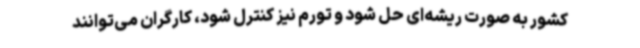
کشور به صورت ریشه‌ای حل شود و تورم نیز کنترل شود، کارگران می‌توانند